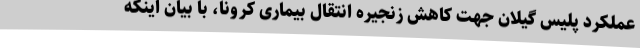
عملکرد پلیس گیلان جهت کاهش زنجیره انتقال بیماری کرونا، با بیان اینکه